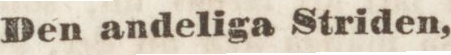
Den andeliga Striden,